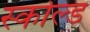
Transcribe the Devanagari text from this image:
स्कोल्ड